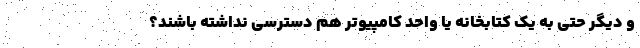
و دیگر حتی به یک کتابخانه یا واحد کامپیوتر هم دسترسی نداشته باشند؟